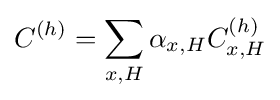
C^{(h)}=\sum _{x,H}\alpha _{x,H}C_{x,H}^{(h)}